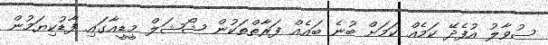
ސުވާލު އުފެދޭ ކަމެއް ކަމަށް ބުނެ ބައެއް ފަރާތްތަކުން ޝޯޝަލް މީޑީއާގައި ފާޑުކިޔަމުން